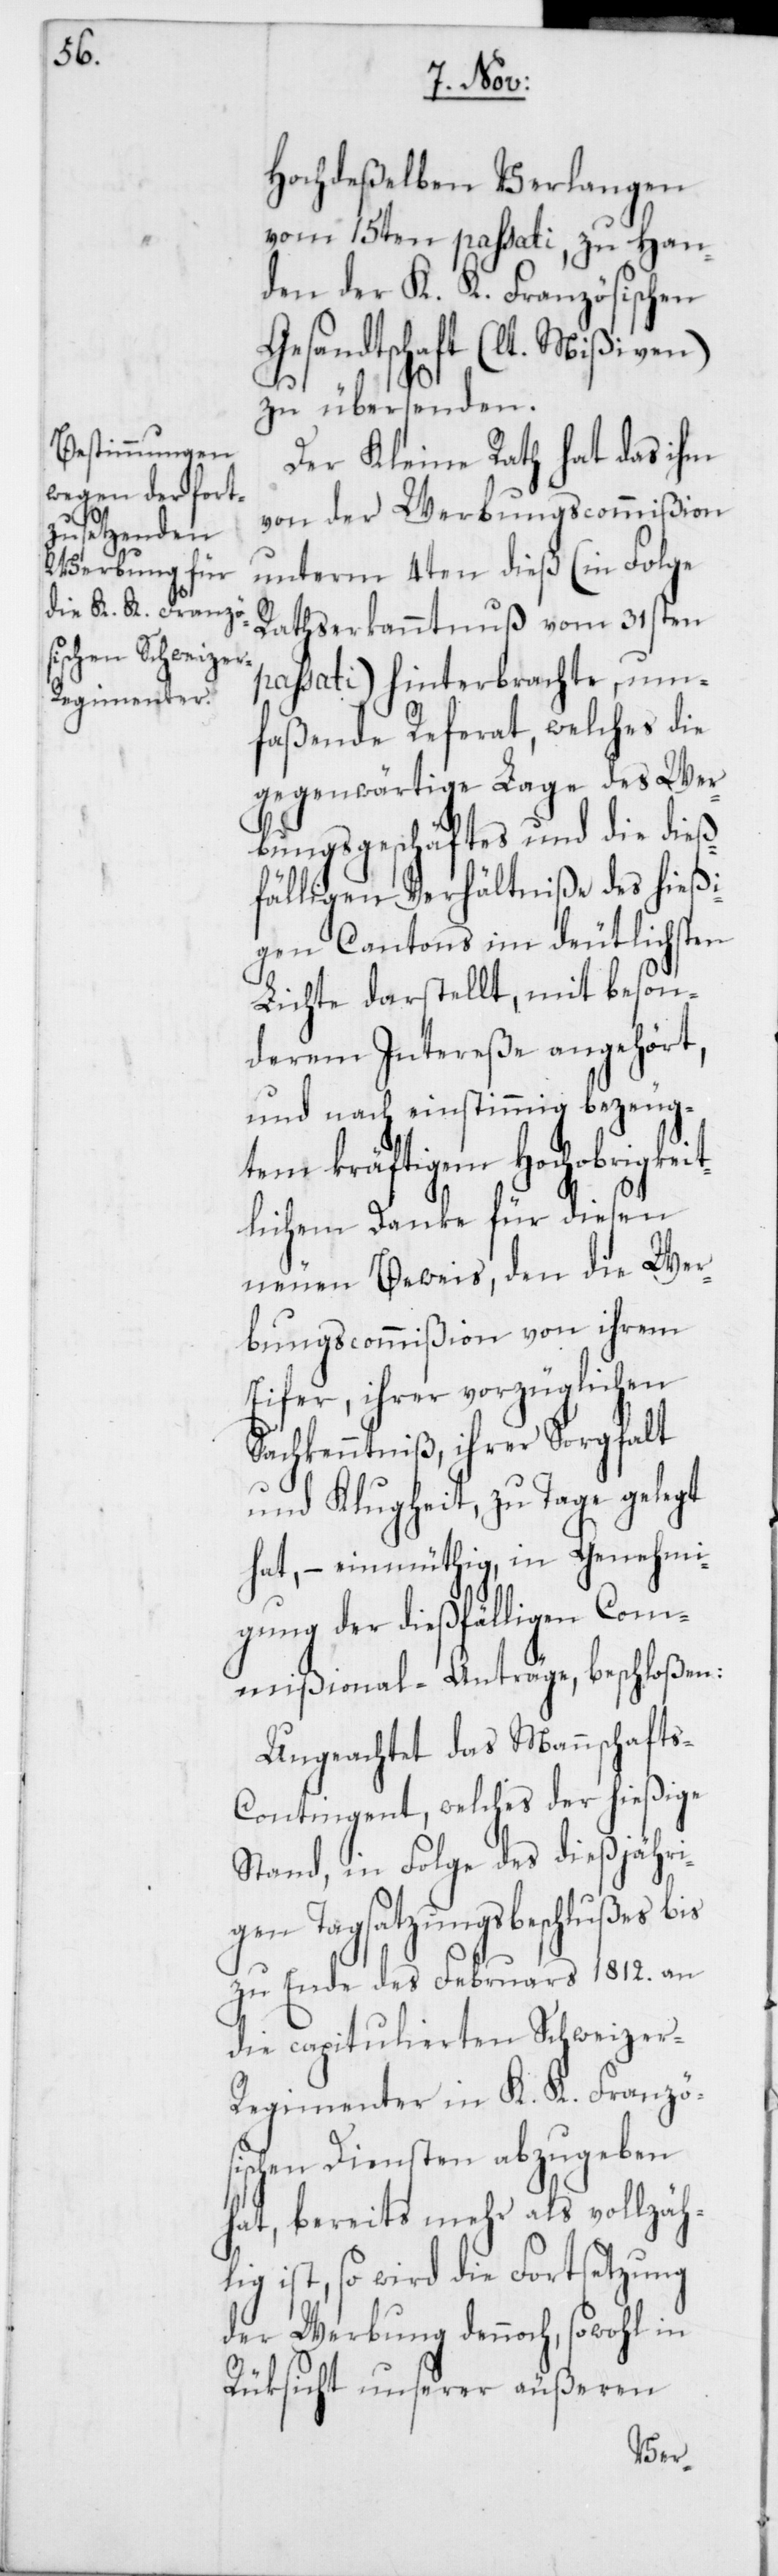
Hochdeßelben Verlangen
vom 15ten passati, zu Han¬
den der K. K. Französischen
Gesandtschaft (lt. Mißiven)
zu übersenden.
Der Kleine Rath hat das ihm
von der Werbungscommißion
unterm 4ten dieß (in Folge
Rathserkanntnuß vom 31sten
passati) hinterbrachte, um¬
faßende Referat, welche die
gegenwärtige Lage des Wer¬
bungsgeschäftes und die dieß¬
fälligen Verhältniße des hießi¬
gen Cantons im deutlichsten
Lichte darstellt, mit beson¬
derem Intereße angehört,
und nach einstimmig bezeug¬
tem kräftigem Hochobrigkei¬
tlichem Danke für diesen
neuen Beweis, den die Wer¬
bungscommißion von ihrem
Eifer, ihrer vorzüglichen
Sachkenntniß, ihrer Sorgfalt
und Klugheit, zu Tage gelegt
hat, – einmütig, in Genehmi¬
gung der dießfälligen Co¬
mmißional-Anträge, beschloßen:
Ungeachtet das Mannschaft¬
s-Contingent, welches der hießige
Stand, in Folge des dießjähri¬
gen Tagsatzungsbeschlußes bis
zu Ende des Februars 1812. an
die capitulierten Schweize¬
r-Regimenter in K. K. Französ¬
ischen Diensten abzugeben
hat, bereits mehr als vollzäh¬
lig ist, so wird die Fortsetzung
der Werbung dennoch, sowohl in
Rüksicht unserer äußeren